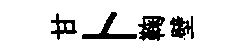
甘卜鞠壁